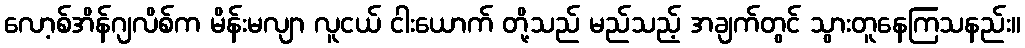
လော့စ်အိန်ဂျလိစ်က မိန်းမလျာ လူငယ် ငါးယောက် တို့သည် မည်သည့် အချက်တွင် သွားတူနေကြသနည်း။